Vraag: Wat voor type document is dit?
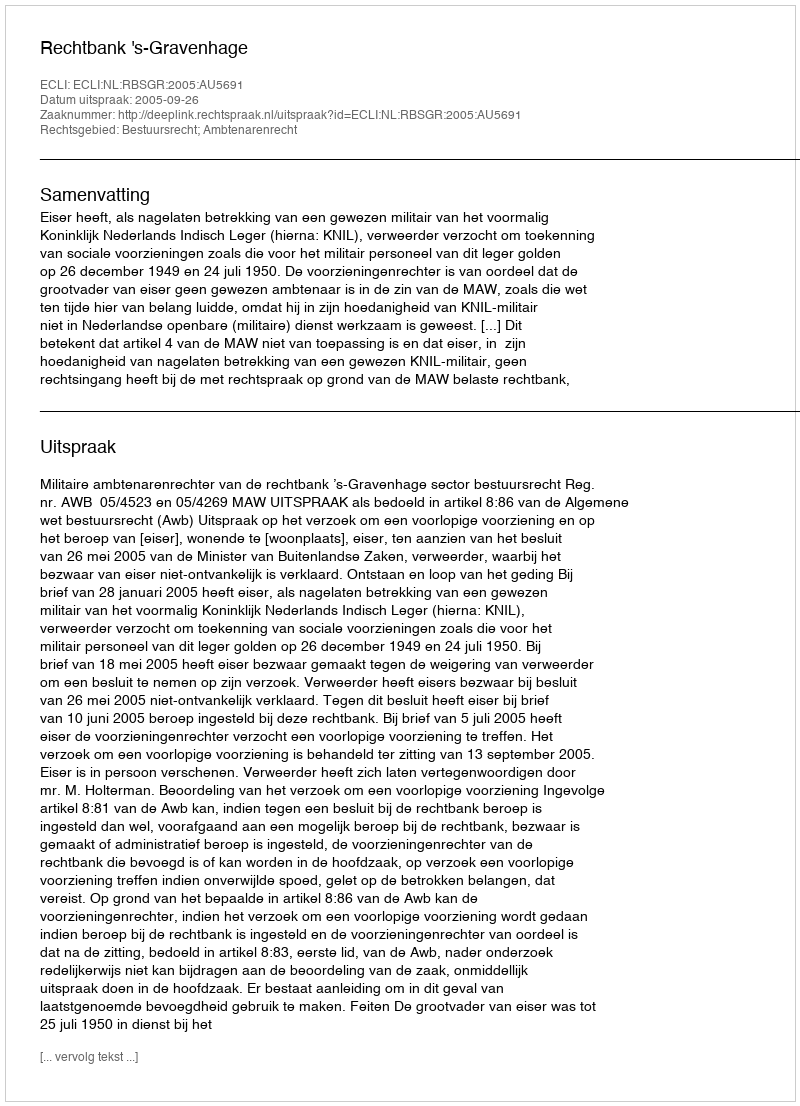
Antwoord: Uitspraak